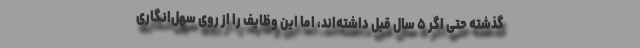
گذشته حتی اگر ۵ سال قبل داشته‌اند، اما این وظایف را از روی سهل‌انگاری